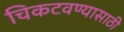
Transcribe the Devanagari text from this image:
चिकटवण्यासाठी